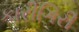
કારીગિરી